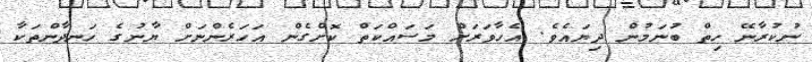
ނުކުރާނޭ ހިތް ބުނަމުން ދިޔައެެވެ. އެހާވަރަށް މަސައްކަތް ކޮށްގެން އަހަރެންނަށް ޔާނުގެ ހަނދާންތަކާ